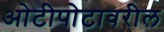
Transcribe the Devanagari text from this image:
ओटीपोटावरील